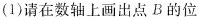
(1)请在数轴上画出点B的位